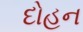
દોહન